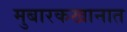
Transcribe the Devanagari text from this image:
मुबारकखानात